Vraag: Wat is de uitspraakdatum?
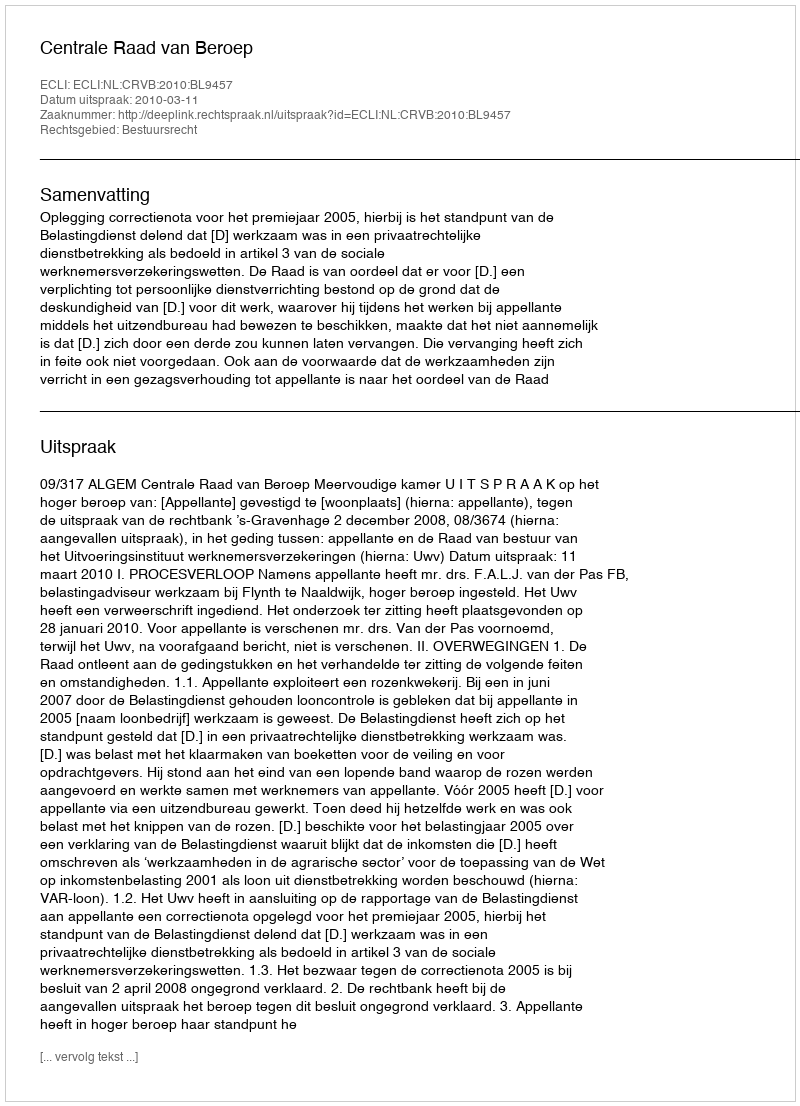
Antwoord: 2010-03-11